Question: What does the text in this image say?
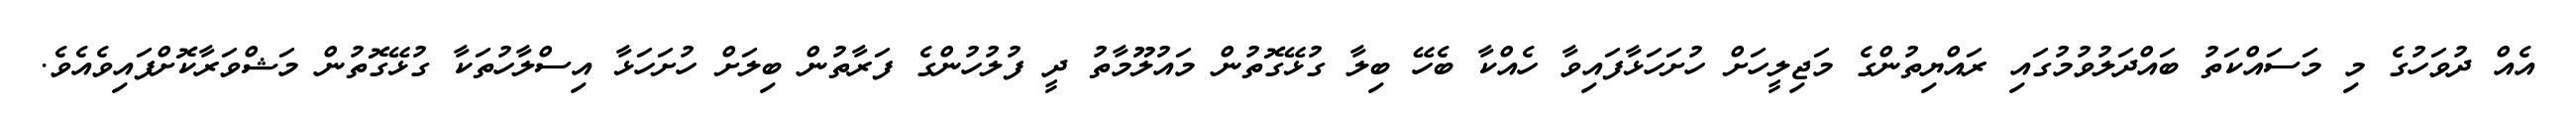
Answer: އެއް ދުވަހުގެ މި މަސައްކަތު ބައްދަލުވުމުގައި ރައްޔިތުންގެ މަޖިލީހަށް ހުށަހަޅާފައިވާ ހެއްކާ ބެހޭ ބިލާ ގުޅޭގޮތުން މައުލޫމާތު ދީ ފުލުހުންގެ ފަރާތުން ބިލަށް ހުށަހަޅާ އިސްލާހުތަކާ ގުޅޭގޮތުން މަޝްވަރާކޮށްފައިވެއެވެ.